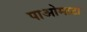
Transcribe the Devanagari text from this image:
पाओमाटा